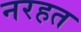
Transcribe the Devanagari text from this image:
नरहत